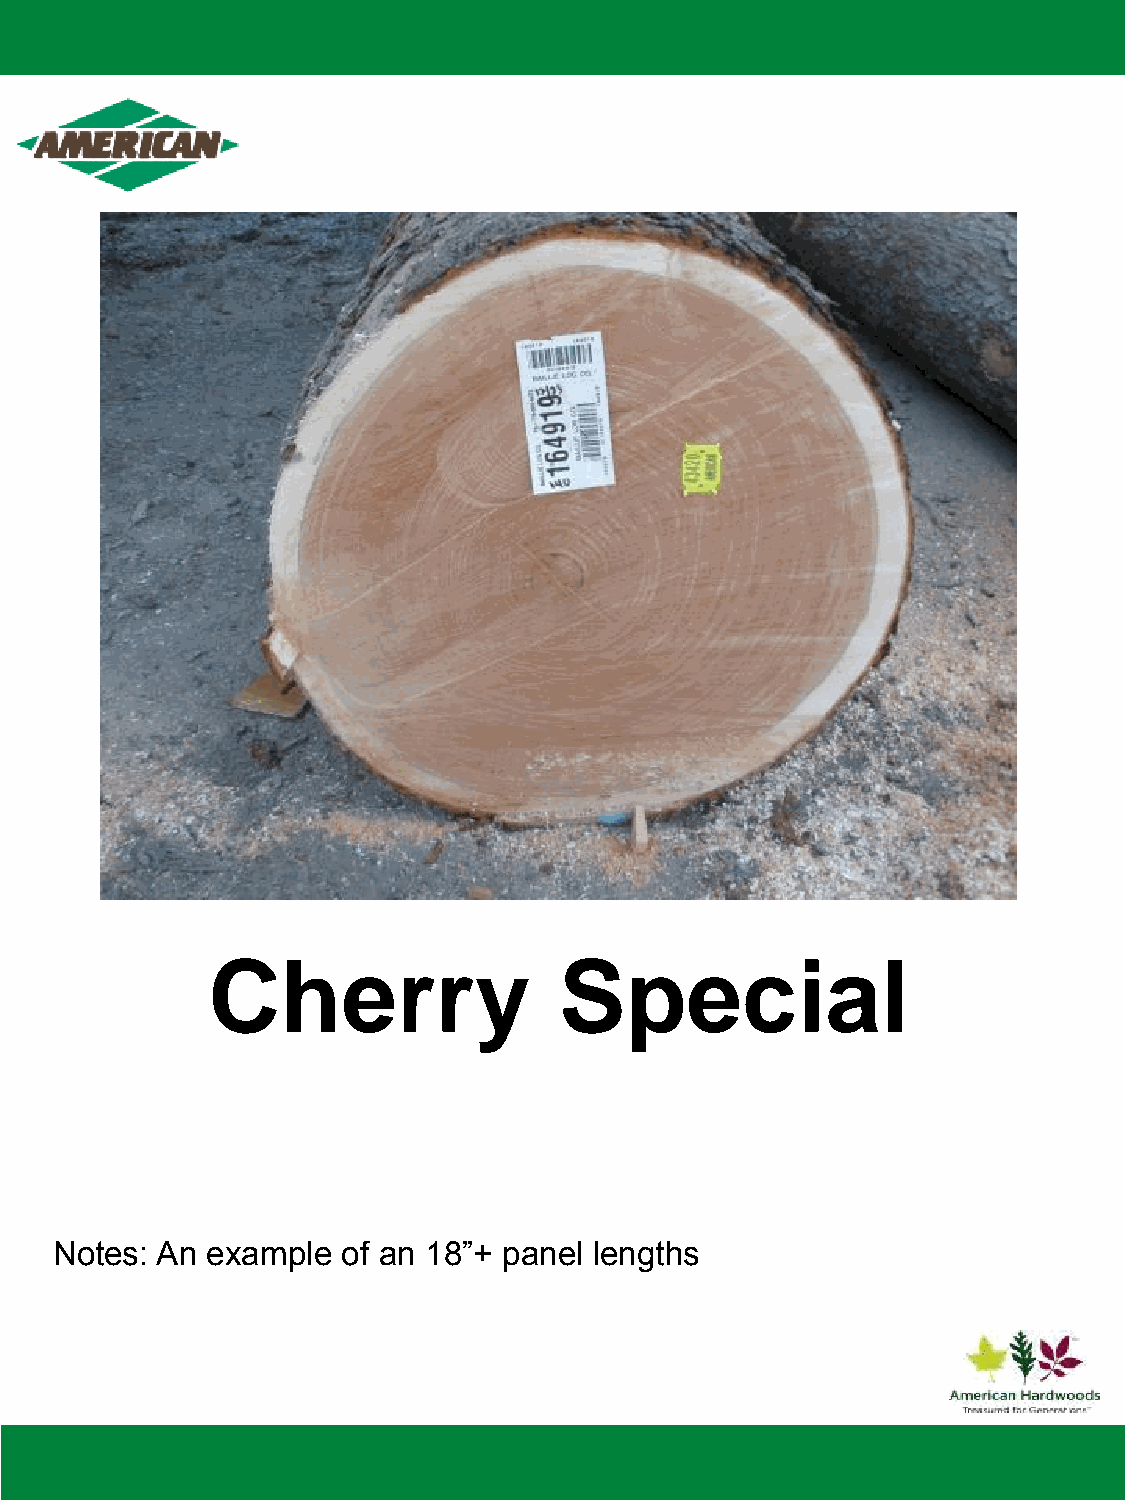
Cherry                 Special
 Notes: An  example  of an 18”+ panel lengths